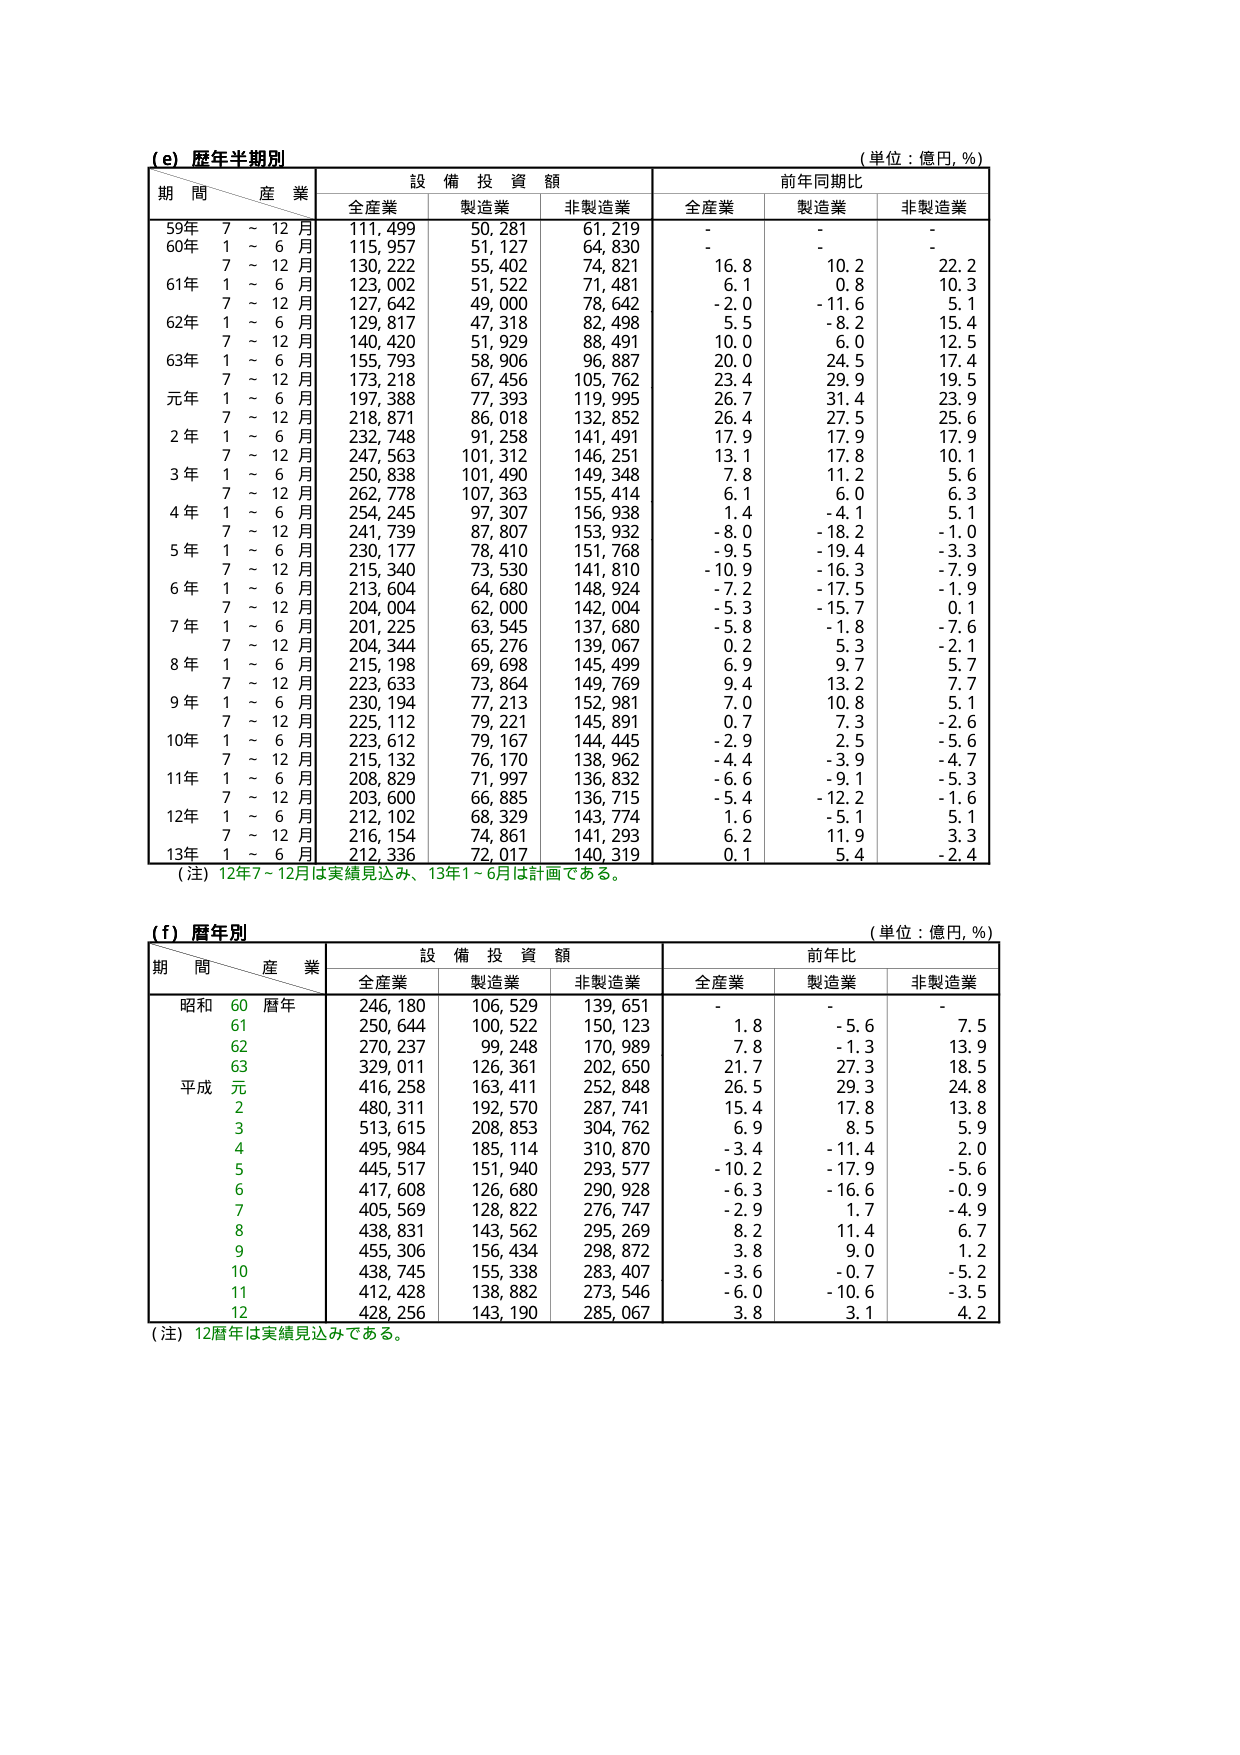
(e) 歴年半期別
(単位：億円, %)
期間／産業
設備投資額
前年同期比
全産業
製造業
非製造業
全産業
製造業
非製造業
59年 7～12月
111,499
50,281
61,219
-
-
-
60年 1～6月
115,957
51,127
64,830
-
-
-
7～12月
130,222
55,402
74,821
16.8
10.2
22.2
61年 1～6月
123,002
51,522
71,481
6.1
0.8
10.3
7～12月
127,642
49,000
78,642
-2.0
-11.6
5.1
62年 1～6月
129,817
47,318
82,498
5.5
-8.2
15.4
7～12月
140,420
51,929
88,491
10.0
6.0
12.5
63年 1～6月
155,793
58,906
96,887
20.0
24.5
17.4
7～12月
173,218
67,456
105,762
23.4
29.9
19.5
元年 1～6月
197,388
77,393
119,995
26.7
31.4
23.9
7～12月
218,871
86,018
132,852
26.4
27.5
25.6
2年 1～6月
232,748
91,258
141,491
17.9
17.9
17.9
7～12月
247,563
101,312
146,251
13.1
17.8
10.1
3年 1～6月
250,838
101,490
149,348
7.8
11.2
5.6
7～12月
262,778
107,363
155,414
6.1
6.0
6.3
4年 1～6月
254,245
97,307
156,938
1.4
-4.1
5.1
7～12月
241,739
87,807
153,932
-8.0
-18.2
-1.0
5年 1～6月
230,177
78,410
151,768
-9.5
-19.4
-3.3
7～12月
215,340
73,530
141,810
-10.9
-16.3
-7.9
6年 1～6月
213,604
64,680
148,924
-7.2
-17.5
-1.9
7～12月
204,004
62,000
142,004
-5.3
-15.7
0.1
7年 1～6月
201,225
63,545
137,680
-5.8
-1.8
-7.6
7～12月
204,344
65,276
139,067
0.2
5.3
-2.1
8年 1～6月
215,198
69,698
145,499
6.9
9.7
5.7
7～12月
223,633
73,864
149,769
9.4
13.2
7.7
9年 1～6月
230,194
77,213
152,981
7.0
10.8
5.1
7～12月
225,112
79,221
145,891
0.7
7.3
-2.6
10年 1～6月
223,612
79,167
144,445
-2.9
2.5
-5.6
7～12月
215,132
76,170
138,962
-4.4
-3.9
-4.7
11年 1～6月
208,829
71,997
136,832
-6.6
-9.1
-5.3
7～12月
203,600
66,885
136,715
-5.4
-12.2
-1.6
12年 1～6月
212,102
68,329
143,774
1.6
-5.1
5.1
7～12月
216,154
74,861
141,293
6.2
11.9
3.3
13年 1～6月
212,336
72,017
140,319
0.1
5.4
-2.4
（注）12年7～12月は実績見込み、13年1～6月は計画である。

(f) 歴年別
(単位：億円, %)
期間／産業
設備投資額
前年比
全産業
製造業
非製造業
全産業
製造業
非製造業
昭和 60暦年
246,180
106,529
139,651
-
-
-
61
250,644
100,522
150,123
1.8
-5.6
7.5
62
270,237
99,248
170,989
7.8
-1.3
13.9
63
329,011
126,361
202,650
21.7
27.3
18.5
平成 元
416,258
163,411
252,848
26.5
29.3
24.8
2
480,311
192,570
287,741
15.4
17.8
13.8
3
513,615
208,853
304,762
6.9
8.5
5.9
4
495,984
185,114
310,870
-3.4
-11.4
2.0
5
445,517
151,940
293,577
-10.2
-17.9
-5.6
6
417,608
126,680
290,928
-6.3
-16.6
-0.9
7
405,569
128,822
276,747
-2.9
1.7
-4.9
8
438,831
143,562
295,269
8.2
11.4
6.7
9
455,306
156,434
298,872
3.8
9.0
1.2
10
438,745
155,338
283,407
-3.6
-0.7
-5.2
11
412,428
138,882
273,546
-6.0
-10.6
-3.5
12
428,256
143,190
285,067
3.8
3.1
4.2
（注）12暦年は実績見込みである。